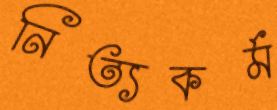
নিত্যকর্ম